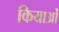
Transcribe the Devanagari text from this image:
कियाओं